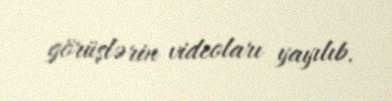
görüşlərin videoları yayılıb.